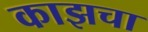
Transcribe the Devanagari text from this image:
काझचा